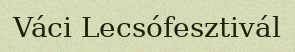
Váci Lecsófesztivál